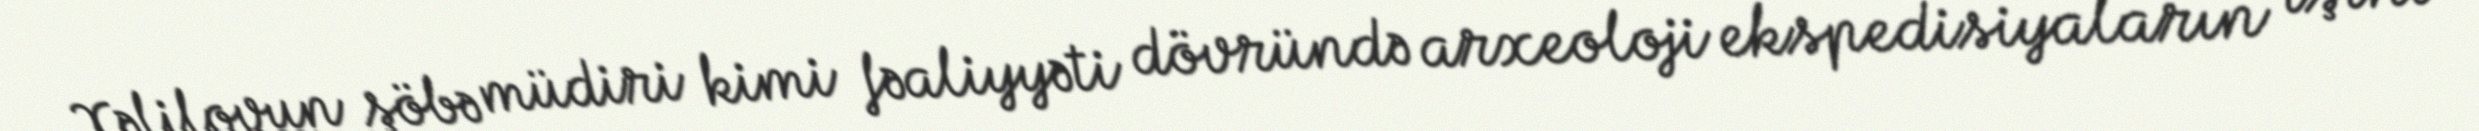
Xəlilovun şöbə müdiri kimi fəaliyyəti dövründə arxeoloji ekspedisiyaların işini